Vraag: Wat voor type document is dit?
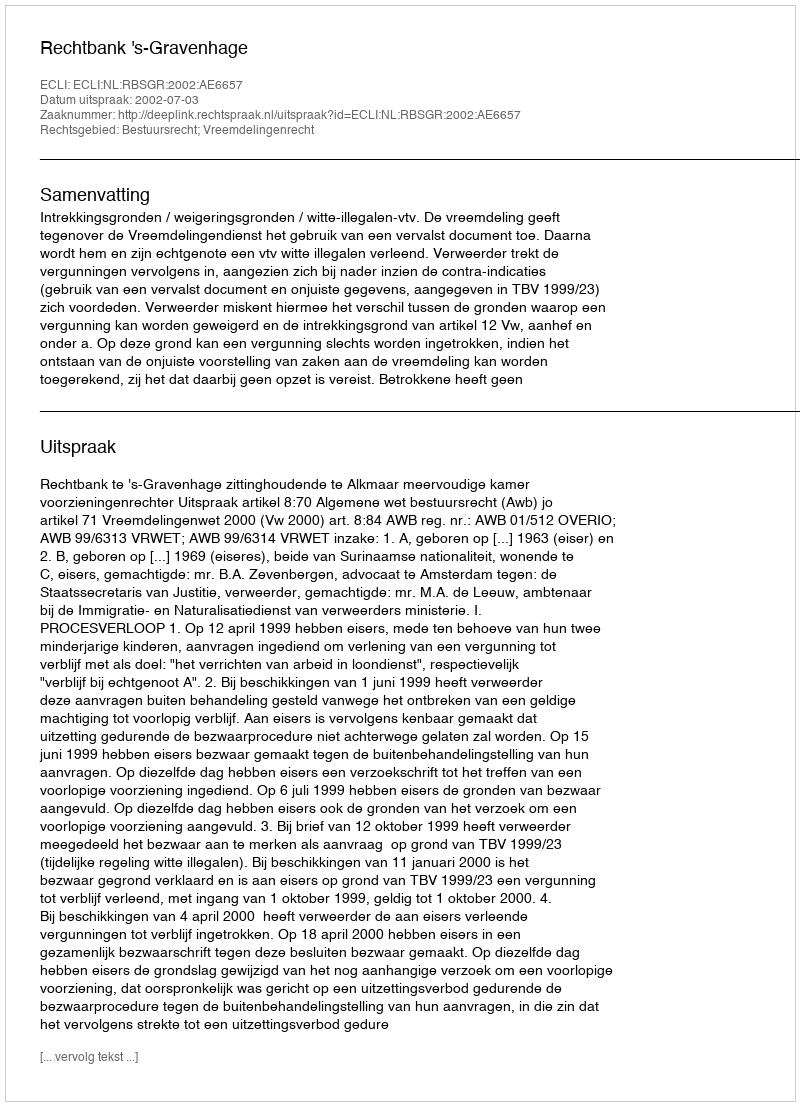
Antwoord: Uitspraak